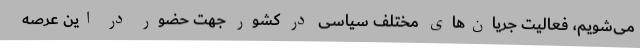
می‌شویم، فعالیت جریان‌های مختلف سیاسی در کشور جهت حضور در این عرصه